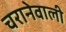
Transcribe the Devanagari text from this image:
चरानेवाली